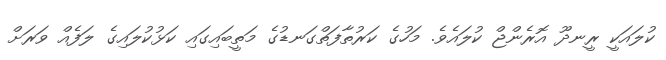
ކުލައަކީ ރީނދޫ އޮރެންޖް ކުލައެވެ. މަހުގެ ކަރުތާފަތްގަނޑުގެ މަތީބައިގައި ކަޅުކުލައިގެ ލަފެއް ވަރަށް